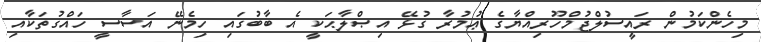
މިހެންކަމުން ރައީސުލްޖުމްހޫރިއްޔާގެ ޢުމުރާ ގުޅޭ އިޞްލާޙަކީ އެ ބާބުގައި ހިމެނޭ އަސާސީ ހައްގުތަކާއި